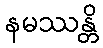
နမဿန္တိ